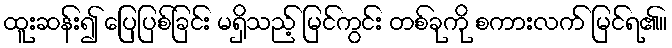
ထူးဆန်း၍ ပြေပြစ်ခြင်း မရှိသည့် မြင်ကွင်း တစ်ခုကို စကားလက် မြင်ရ၏။